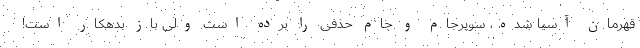
قهرمان آسیا شده، سوپرجام و جام حذفی را برده است ولی باز بدهکار است!